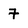
Character: 7